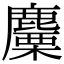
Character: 麜